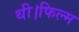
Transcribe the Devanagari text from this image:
थी।फिल्म